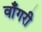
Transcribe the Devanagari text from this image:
वाँगरी